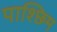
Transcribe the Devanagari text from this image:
पाश्छिम